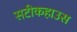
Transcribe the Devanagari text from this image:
सटीकहाउस